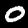
Digit: 0